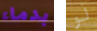
بدماء لو